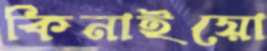
কিনাইয়ো